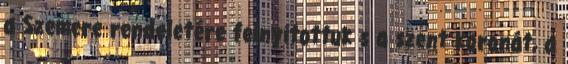
a Szemere rendeletére felnyitottuk s a szent koronát, a